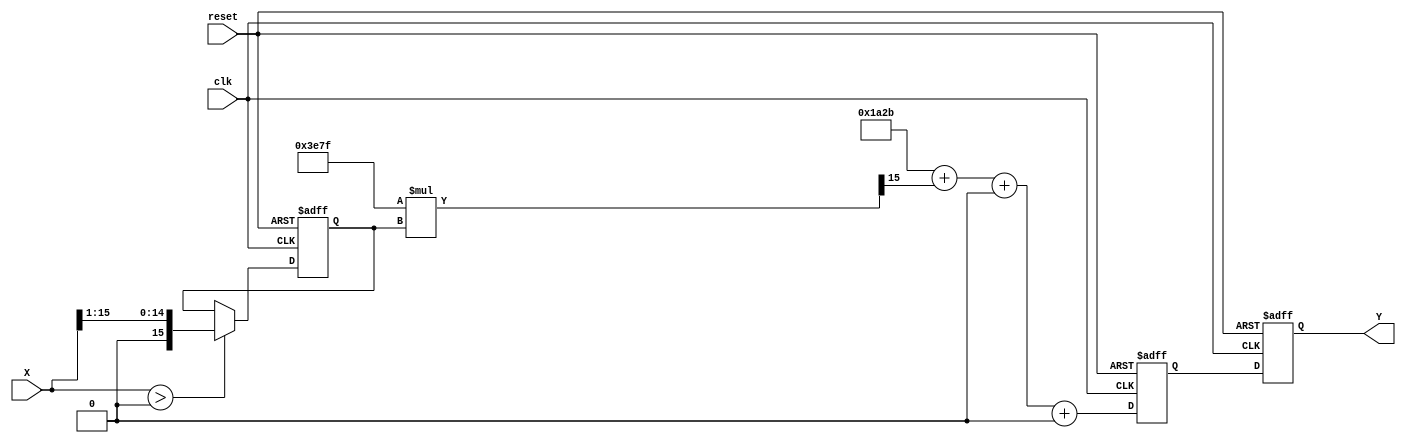
module polynomial_reciprocal (
    input wire [15:0] X,       // 16-bit fixed-point input (X > 0)
    output reg [15:0] Y,       // 16-bit fixed-point output (Y = 1/X)
    input wire clk,            // Clock signal
    input wire reset           // Reset signal
);

// Coefficients for polynomial approximation (example coefficients for P(x))
localparam [15:0] c0 = 16'h1A2B;  // Coefficient for x^0
localparam [15:0] c1 = 16'h3E7F;  // Coefficient for x^1
localparam [15:0] c2 = 16'h2E7D;  // Coefficient for x^2
localparam [15:0] c3 = 16'h1A2C;  // Coefficient for x^3

reg [15:0] normalized_x;
reg [15:0] polynomial_result;

// Normalization step (shift the input X to the range [0.5, 1.0])
always @(posedge clk or posedge reset) begin
    if (reset) begin
        normalized_x <= 16'h0000;
    end else if (X > 0) begin
        // Normalize to the range [0.5, 1.0]
        normalized_x <= X >> 1;  // Example normalization (shift)
    end
end

// Polynomial evaluation using Horner's method
always @(posedge clk or posedge reset) begin
    if (reset) begin
        polynomial_result <= 16'h0000;
    end else begin
        // Evaluate polynomial P(x) = c0 + c1*x + c2*x^2 + c3*x^3
        polynomial_result <= c0 + (c1 * normalized_x >> 15) + 
                            (c2 * normalized_x * normalized_x >> 30) + 
                            (c3 * normalized_x * normalized_x * normalized_x >> 45);
    end
end

// Scaling and rounding step to finalize output Y
always @(posedge clk or posedge reset) begin
    if (reset) begin
        Y <= 16'h0000;
    end else begin
        // Example scaling factor (for demonstration; adjust based on normalization)
        // Assuming normalized_x in the range of [0.5, 1.0], thus Y can remain in the same range.
        Y <= polynomial_result; // Final output
        // Note: Additional scaling may be needed based on the normalization step
    end
end

endmodule